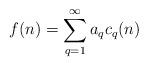
LaTeX: \begin{align*}f(n)=\sum_{q=1}^{\infty}a_qc_q(n)\end{align*}